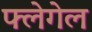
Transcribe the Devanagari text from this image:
फ्लेगेल